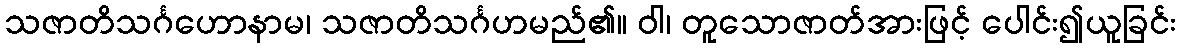
သဇာတိသင်္ဂဟောနာမ၊ သဇာတိသင်္ဂဟမည်၏။ ဝါ၊ တူသောဇာတ်အားဖြင့် ပေါင်း၍ယူခြင်း